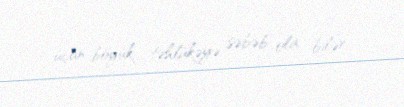
üçün böyük təhlükəyə səbəb ola bilər.